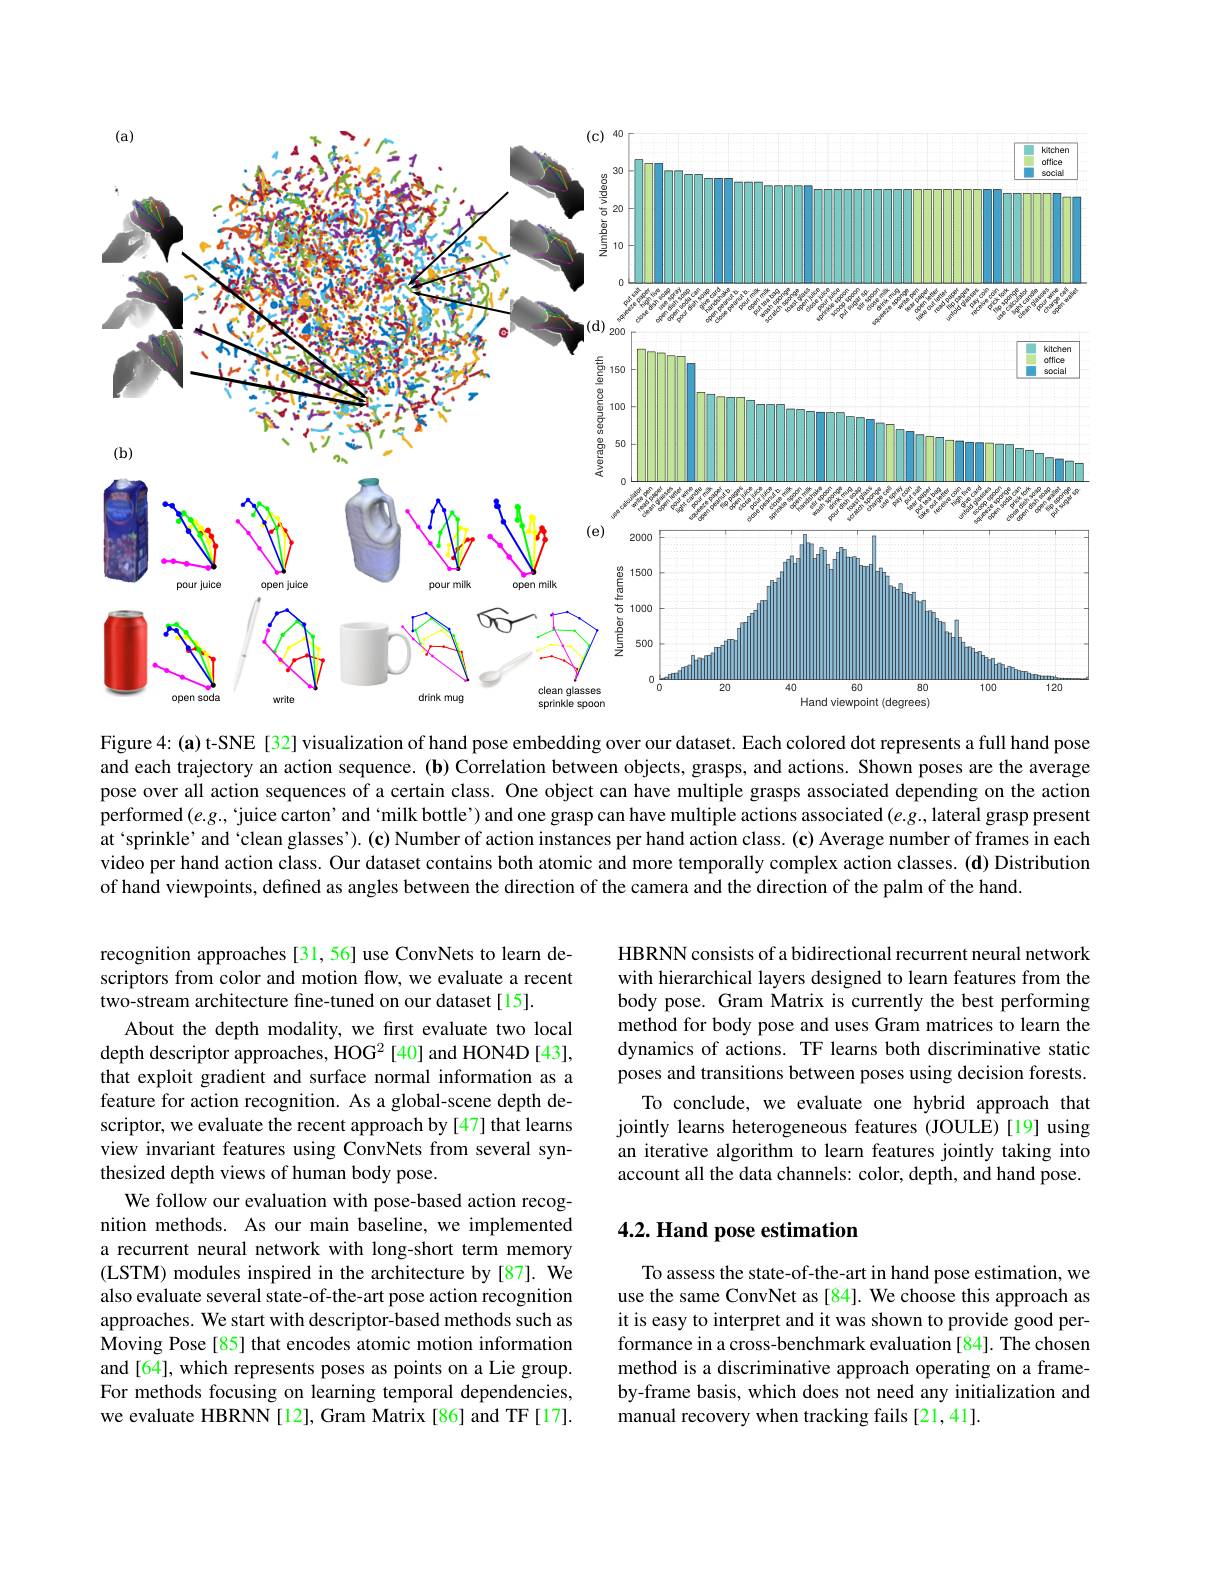
<FigureHere>

Figure 4: (a) t-SNE [32] visualization of hand pose embedding over our dataset. Each colored dot represents a full hand pose and each trajectory an action sequence. (b) Correlation between objects, grasps, and actions. Shown poses are the average pose over all action sequences of a certain class. One object can have multiple grasps associated depending on the action performed(e.g., ‘juice carton’and`milk bottle’) and one grasp can have multiple actions associated $(e.g.$, lateral grasp present at ‘sprinkle’ and‘clean glasses’). (c) Number of action instances per hand action class. (c) Average number of frames in each video per hand action class. Our dataset contains both atomic and more temporally complex action classes. (d) Distribution of hand viewpoints, defined as angles between the direction of the camera and the direction of the palm of the hand.

HBRNN consists of a bidirectional recurrent neural network with hierarchical layers designed to learn features from the body pose. Gram Matrix is currently the best performing method for body pose and uses Gram matrices to learn the dynamics of actions. TF learns both discriminative static poses and transitions between poses using decision forests.
To conclude, we evaluate one hybrid approach that jointly learns heterogeneous features (JOUL$\hat{\mathrm{E}})$ [19] using an iterative algorithm to learn features jointly taking into account all the data channels: color, depth, and hand pose.

recognition approaches[31,56]use ConvNets to learn descriptors from color and motion flow, we evaluate a recent two-stream architecture fine-tuned on our dataset[15].
About the depth modality, we frst evaluate two local depth descriptor approaches, HOG2 [40] and HON4D [43], that exploit gradient and surface normal information as a feature for action recognition. As a global-scene depth descriptor, we evaluate the recent approach by [47] that learns view invariant features using ConvNets from several synthesized depth views of human body pose.
We follow our evaluation with pose-based action recognition methods. As our main baseline, we implemented a recurrent neural network with long-short term memory (LSTM) modules inspired in the architecture by[87]. We also evaluate several state-of-the-art pose action recognition approaches. We start with descriptor-based methods such as Moving Pose [85] that encodes atomic motion information and [64], which represents poses as points on a Lie group. For methods focusing on learning temporal dependencies, we evaluate HBRNN [12], Gram Matrix [86] and TF[17].

## 4.2. Hand pose estimation

To assess the state-of-the-art in hand pose estimation, we use the same ConvNet as [84]. We choose this approach as it is easy to interpret and it was shown to provide good performance in a cross-benchmark evaluation [84]. The chosen method is a discriminative approach operating on a frameby-frame basis, which does not need any initialization and manual recovery when tracking fails [21,41].